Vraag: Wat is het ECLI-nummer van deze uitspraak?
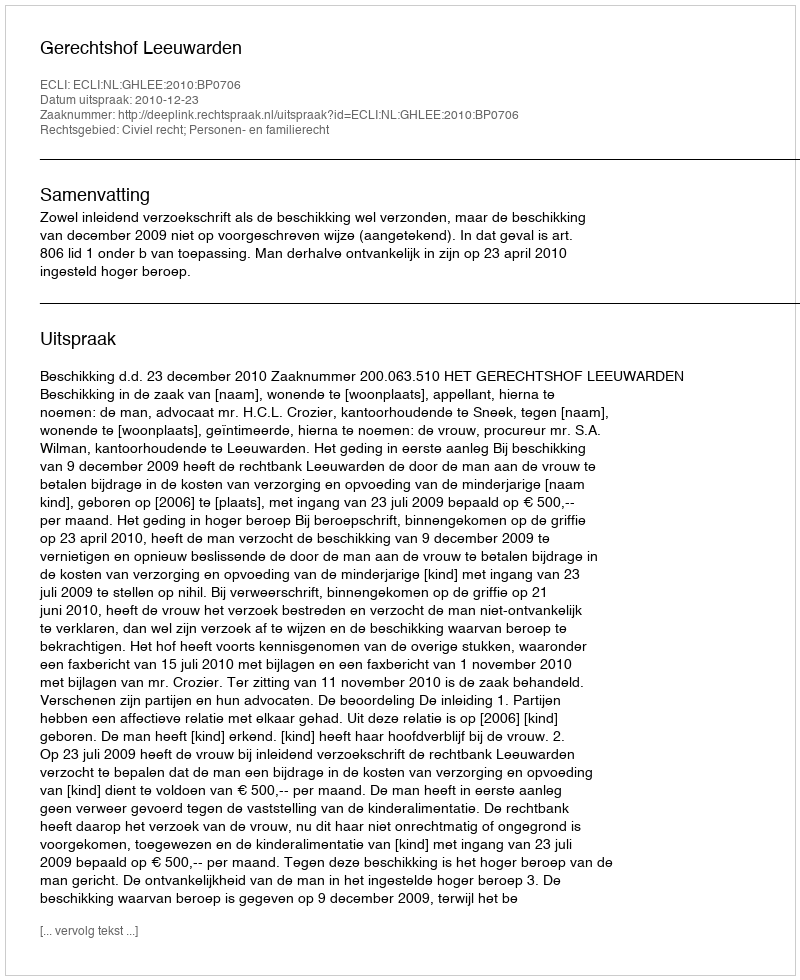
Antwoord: ECLI:NL:GHLEE:2010:BP0706